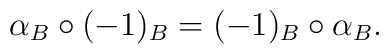
\alpha_B\circ (-1)_B=(-1)_B \circ \alpha_B.